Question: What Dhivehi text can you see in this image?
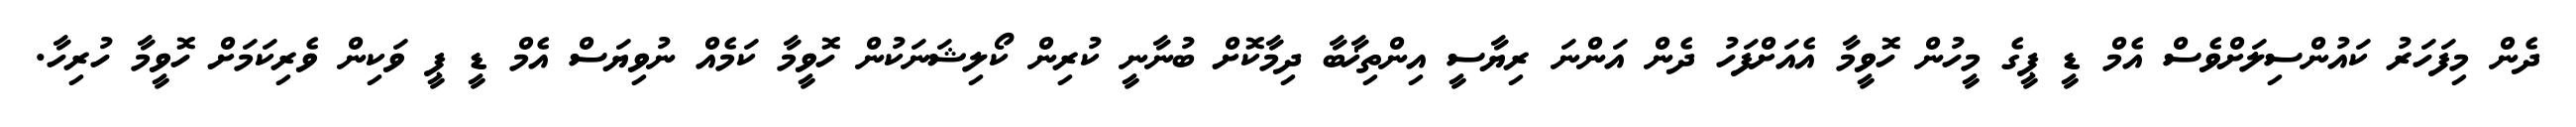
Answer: ދެން މިފަހަރު ކައުންސިލަށްވެސް އެމް ޑީ ޕީގެ މީހުން ހޮވީމާ އެއަށްފަހު ދެން އަންނަ ރިޔާސީ އިންތިޚާބާ ދިމާކޮށް ބުނާނީ ކުރިން ކޯލިޝަނަކުން ހޮވީމާ ކަމެއް ނުވިޔަސް އެމް ޑީ ޕީ ވަކިން ވެރިކަމަށް ހޮވީމާ ހުރިހާ.